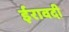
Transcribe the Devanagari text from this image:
ईरावदी